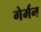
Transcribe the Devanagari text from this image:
गेर्मन